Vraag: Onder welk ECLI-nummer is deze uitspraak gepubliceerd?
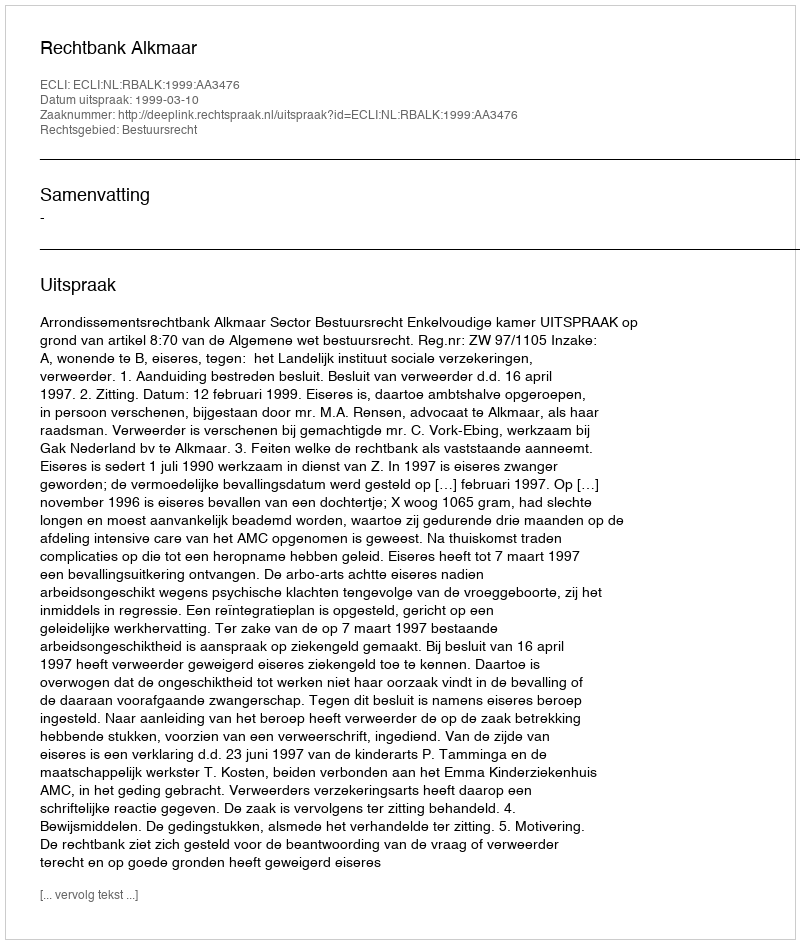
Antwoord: ECLI:NL:RBALK:1999:AA3476